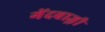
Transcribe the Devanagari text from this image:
गेंदबाज़़ी